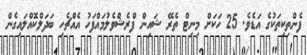
ފެންތިކިތަކުގެ އަޑެވެ. 25 ހަކަށް މިނިޓް ތެރޭ ޝައިން ފްރެޝްވެލުމައްފަހު އެއްޗެހި ބަދަލްކޮއްލައިގެން